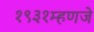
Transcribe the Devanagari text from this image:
१९३१म्हणजे